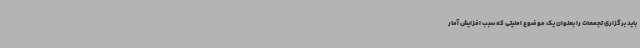
باید برگزاری تجمعات را بعنوان یک موضوع امنیتی که سبب افزایش آمار